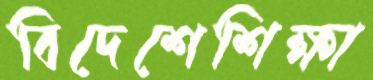
বিদেশেশিক্ষা